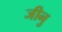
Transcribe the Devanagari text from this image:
जीनु